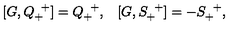
\begin{array} { l l } { [ G , Q _ { + } ^ { \enskip + } ] = Q _ { + } ^ { \enskip + } , } & { [ G , S _ { + } ^ { \enskip + } ] = - S _ { + } ^ { \enskip + } , } \\ \end{array}